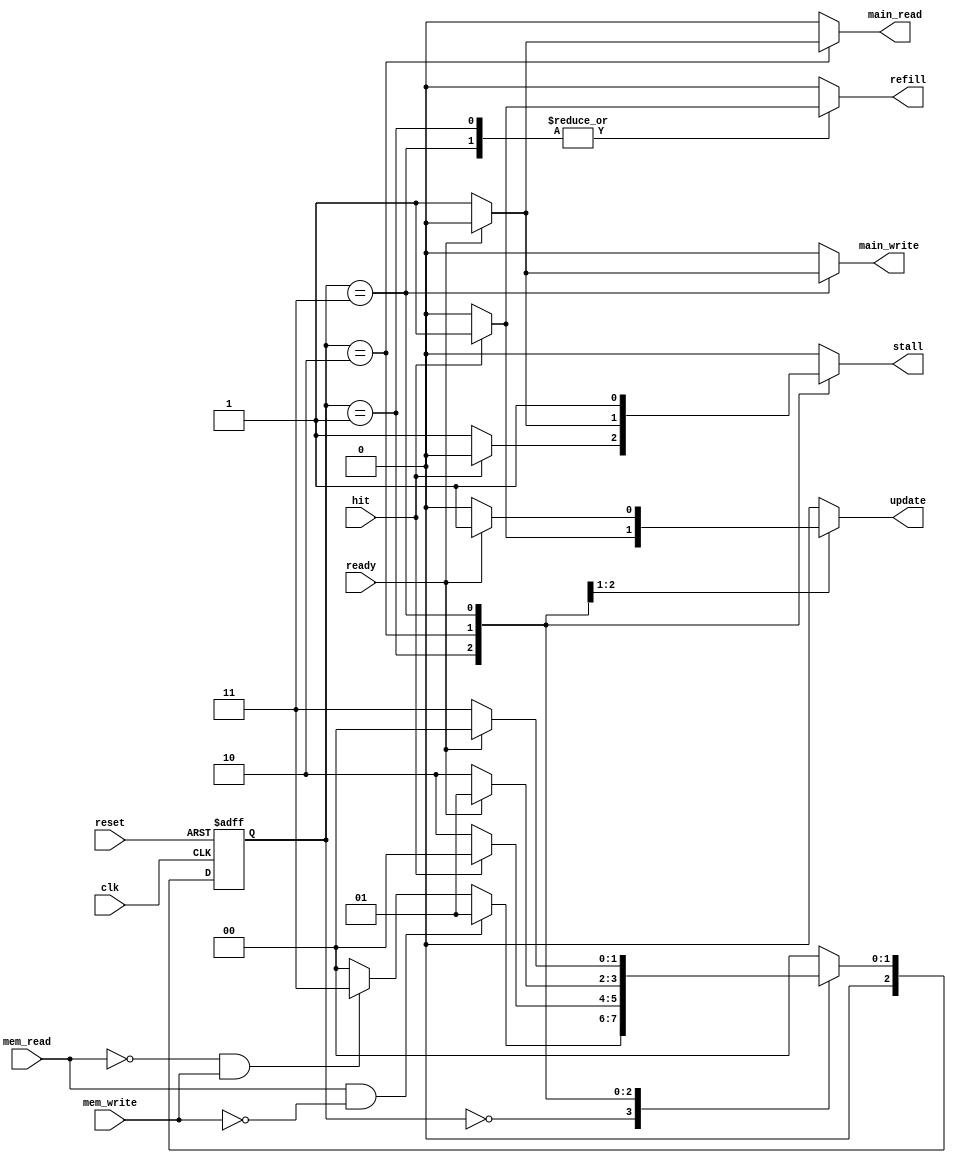
module FSM(
    input   wire            mem_read,mem_write,ready,clk,reset,hit,
    output  reg             stall,main_read,main_write,refill,update
);

    /////////////////////////////////////////////////////////////////////////////////////////////
    ///////////////////////////////////// State Encoding ////////////////////////////////////////
    /////////////////////////////////////////////////////////////////////////////////////////////
localparam  [2:0]   idle            = 3'b000 ,
                    reading         = 3'b001 ,
                    main_mem_read   = 3'b010 ,
                    writing         = 3'b011 ,
                    write_through   = 3'b100 ,
                    write_around    = 3'b101 ;

reg         [2:0]   current_state , next_state ;

    ////////////////////////////////////////////////////////////////////////////////////////
    ///////////////////////////////////// internals ////////////////////////////////////////
    ///////////////////////////////////////////////////////////////////////////////////////
//reg         [2:0]   tag_cache   [0:31] ;    // tag[2:0] --> block number
//reg                 valid_cache [0:31] ;    // valid array
////////////////////////////////////////////////////////////////////////////////////////////////

always @(posedge clk or negedge reset)         
    begin
            if(!reset) begin
                current_state <= idle;
            end  
            else begin
                current_state <= next_state;
            end
    end
    /////////////////////////////////////////////////////////////////////////////////////////////
    ///////////////////////////////////// States transition /////////////////////////////////////
    /////////////////////////////////////////////////////////////////////////////////////////////
always @(*)
    begin
        case(current_state)
            idle            :   begin
                                    if(mem_read && !mem_write)
                                    next_state = reading ;
                                    else if (!mem_read && mem_write)
                                    next_state = writing ;
                                    else
                                    next_state = idle ;
                                end
    ///////////////////////////////////////////////////////
    ////////////////////// Reading ////////////////////////
    //////////////////////////////////////////////////////           
            reading         :   begin
                                    if(hit == 1'b1)
                                    next_state = idle ;
                                    else
                                    next_state = main_mem_read ;
                                end
///////////////////////////////////////////////////////////////////////
            main_mem_read   :   begin
                                    if (ready == 1'b1)
                                    next_state = reading ;
                                    else 
                                    next_state = main_mem_read ;
                                end
    ///////////////////////////////////////////////////////
    ////////////////////// Writing ////////////////////////
    //////////////////////////////////////////////////////           
            writing         :   begin
                                    if (ready == 1'b1)
                                    next_state = idle;
                                    else 
                                    next_state = writing;
                                end
///////////////////////////////////////////////////////////////////////
//             write_through   :   begin
//                                     if (ready == 1'b1)
//                                     next_state = idle ;
//                                     else 
//                                     next_state = write_through ;
//                                 end
// ///////////////////////////////////////////////////////////////////////
//             write_around   :   begin
//                                     if (ready == 1'b1)
//                                     next_state = idle ;
//                                     else 
//                                     next_state = write_around ;
//                                 end
///////////////////////////////////////////////////////////////////////
            default         :   begin
                                    next_state = idle;
                                end            
        endcase
    end
    /////////////////////////////////////////////////////////////////////////////////////////////
    ///////////////////////////////////// output logic //////////////////////////////////////////
    /////////////////////////////////////////////////////////////////////////////////////////////
always@(*)
begin
    ///////////////////////////////////////////////////////
    /////////////////// initial values ////////////////////
    //////////////////////////////////////////////////////  
                                    stall       = 1'b0 ;
                                    main_read   = 1'b0 ;
                                    main_write  = 1'b0 ;
                                    refill      = 1'b0 ;
                                    update      = 1'b0 ;
///////////////////////////////////////////////////////////////////////
    case(current_state)
            idle            :   begin
                                    stall       = 1'b0 ;
                                    main_read   = 1'b0 ;
                                    main_write  = 1'b0 ;
                                    refill      = 1'b0 ;
                                    update      = 1'b0 ;
                                end
    ///////////////////////////////////////////////////////
    ////////////////////// Reading ////////////////////////
    //////////////////////////////////////////////////////           
            reading         :   begin
                                    if (hit == 1'b1) begin
                                        stall       = 1'b0 ;
                                        main_read   = 1'b0 ;
                                        main_write  = 1'b0 ;
                                        refill      = 1'b1 ;
                                        update      = 1'b1 ;    //  refill & update  = reading operation (11)
                                    end else 
                                    begin
                                        stall       = 1'b1 ;
                                        main_read   = 1'b0 ;
                                        main_write  = 1'b0 ;
                                        refill      = 1'b0 ;
                                        update      = 1'b0 ;
                                    end
                                end
///////////////////////////////////////////////////////////////////////
            main_mem_read   :   begin
                                    main_write  = 1'b0 ;
                                    refill      = 1'b0 ;
                                    if (ready == 1'b1)
                                    begin
                                    stall       = 1'b0 ;
                                    update      = 1'b1 ;
                                    main_read   = 1'b0 ;
                                    end
                                    else 
                                    begin
                                    stall       = 1'b1 ;
                                    update      = 1'b0 ;
                                    main_read   = 1'b1 ;
                                    end
                                end
    ///////////////////////////////////////////////////////
    ////////////////////// Writing ////////////////////////
    //////////////////////////////////////////////////////           
            writing         :   begin
                                    if (ready == 1'b1) begin
                                    main_write  = 1'b0 ;
                                    end else 
                                    begin
                                    main_write  = 1'b1 ;
                                    end
                                    stall       = 1'b1 ;
                                    main_read   = 1'b0 ;
                                    update      = 1'b0 ;
                                    if (hit == 1'b1) begin
                                    refill      = 1'b1 ;
                                    end else 
                                    begin
                                    refill      = 1'b0 ;
                                    end
                                end
///////////////////////////////////////////////////////////////////////
//             write_through   :   begin

//                                 end
// ///////////////////////////////////////////////////////////////////////
//             write_around   :   begin

//                                 end
///////////////////////////////////////////////////////////////////////
            default         :   begin
                                    stall       = 1'b0 ;
                                    main_read   = 1'b0 ;
                                    main_write  = 1'b0 ;
                                    refill      = 1'b0 ;
                                    update      = 1'b0 ;
                                end
///////////////////////////////////////////////////////////////////////
        endcase
end

endmodule